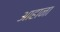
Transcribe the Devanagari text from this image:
आहाना